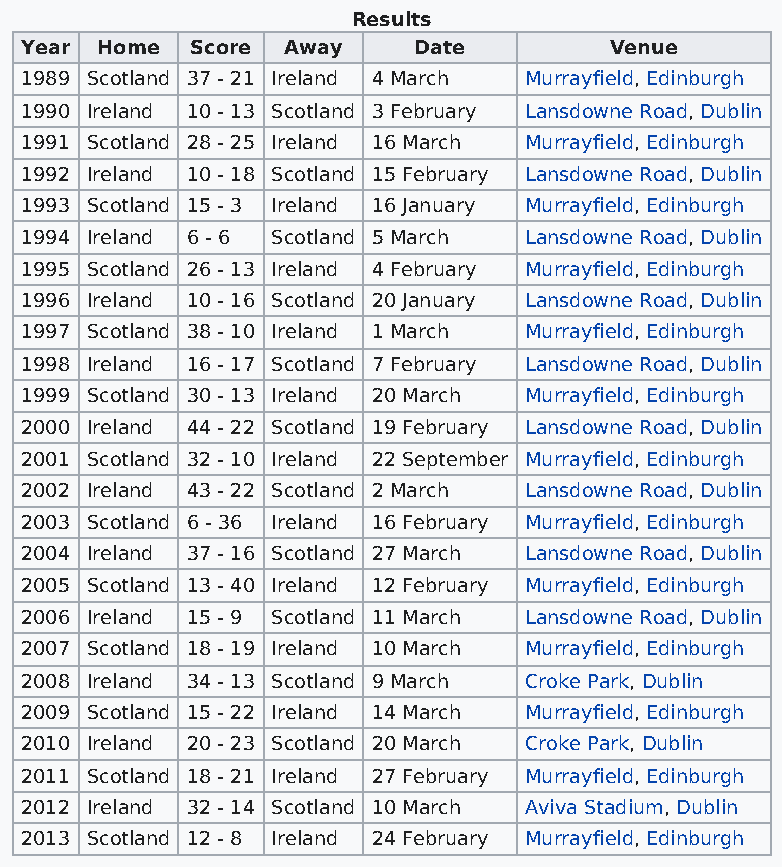
Results
 Year Home   Score Away    Date         Venue
 1989 Scotland 37 - 21 Ireland 4 March Murrayfield, Edinburgh
 1990 Ireland 10 - 13 Scotland 3 February Lansdowne Road, Dublin
 1991 Scotland 28 - 25 Ireland 16 March Murrayfield, Edinburgh
 1992 Ireland 10 - 18 Scotland 15 February Lansdowne Road, Dublin
 1993 Scotland 15 - 3 Ireland 16 January Murrayfield, Edinburgh
 1994 Ireland 6 - 6 Scotland 5 March Lansdowne Road, Dublin
 1995 Scotland 26 - 13 Ireland 4 February Murrayfield, Edinburgh
 1996 Ireland 10 - 16 Scotland 20 January Lansdowne Road, Dublin
 1997 Scotland 38 - 10 Ireland 1 March Murrayfield, Edinburgh
 1998 Ireland 16 - 17 Scotland 7 February Lansdowne Road, Dublin
 1999 Scotland 30 - 13 Ireland 20 March Murrayfield, Edinburgh
 2000 Ireland 44 - 22 Scotland 19 February Lansdowne Road, Dublin
 2001 Scotland 32 - 10 Ireland 22 September Murrayfield, Edinburgh
 2002 Ireland 43 - 22 Scotland 2 March Lansdowne Road, Dublin
 2003 Scotland 6 - 36 Ireland 16 February Murrayfield, Edinburgh
 2004 Ireland 37 - 16 Scotland 27 March Lansdowne Road, Dublin
 2005 Scotland 13 - 40 Ireland 12 February Murrayfield, Edinburgh
 2006 Ireland 15 - 9 Scotland 11 March Lansdowne Road, Dublin
 2007 Scotland 18 - 19 Ireland 10 March Murrayfield, Edinburgh
 2008 Ireland 34 - 13 Scotland 9 March Croke Park, Dublin
 2009 Scotland 15 - 22 Ireland 14 March Murrayfield, Edinburgh
 2010 Ireland 20 - 23 Scotland 20 March Croke Park, Dublin
 2011 Scotland 18 - 21 Ireland 27 February Murrayfield, Edinburgh
 2012 Ireland 32 - 14 Scotland 10 March Aviva Stadium, Dublin
 2013 Scotland 12 - 8 Ireland 24 February Murrayfield, Edinburgh